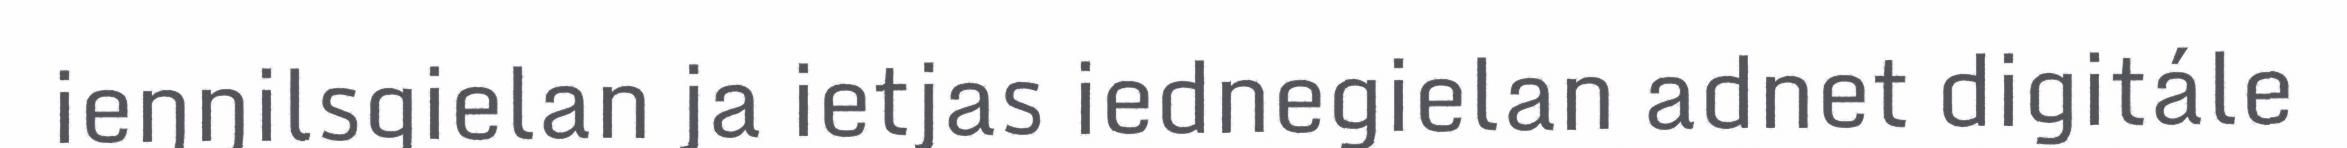
ieŋŋilsgielan ja ietjas iednegielan adnet digitále